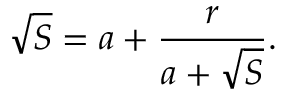
{ \sqrt { S } } = a + { \frac { r } { a + { \sqrt { S } } } } .